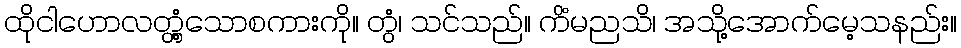
ထိုငါဟောလတ္တံ့သောစကားကို။ တွံ၊ သင်သည်။ ကိံမညသိ၊ အသို့အောက်မေ့သနည်း။